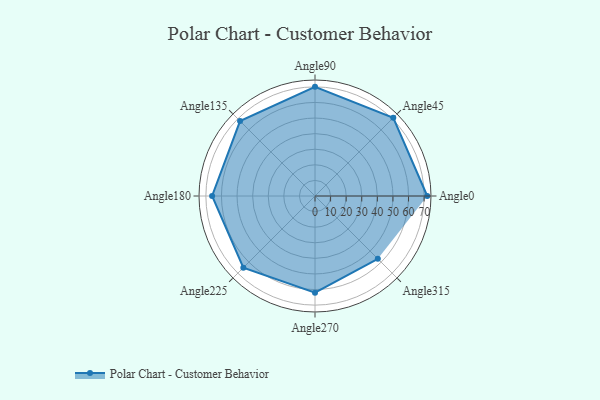
{"axis": {"x": "Angle", "y": "Radius"}, "legend": [""], "data": [{"x": "Angle0", "y": 72.0, "type": ""}, {"x": "Angle45", "y": 71.0, "type": ""}, {"x": "Angle90", "y": 70.0, "type": ""}, {"x": "Angle135", "y": 68.0, "type": ""}, {"x": "Angle180", "y": 66.0, "type": ""}, {"x": "Angle225", "y": 65.0, "type": ""}, {"x": "Angle270", "y": 62.0, "type": ""}, {"x": "Angle315", "y": 57.0, "type": ""}]}